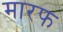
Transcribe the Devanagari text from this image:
मारफ